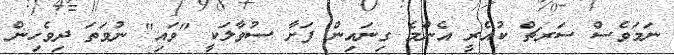
ނަމަވެސް ސަރޗް ކުއެރީ އެންމެ ގިނައިން ފަށާ ސުވާލަކީ "ވައި" ނުވަތަ ދިވެހިން